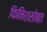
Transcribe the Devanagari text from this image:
फिनिशसोबत